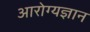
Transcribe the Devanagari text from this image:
आरोग्यज्ञान